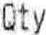
QTY